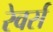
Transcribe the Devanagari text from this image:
रेवर्स